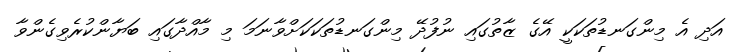
އަދި އެ މިންގަނޑުތަކަކީ އޭގެ ޒާތުގައި ނުފުދޭ މިންގަނޑުތަކަކަށްވާނަމަ މި މާއްދާގައި ބަޔާންކުރެވިގެންވާ